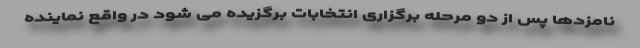
نامزدها پس از دو مرحله برگزاری انتخابات برگزیده می شود در واقع نماینده